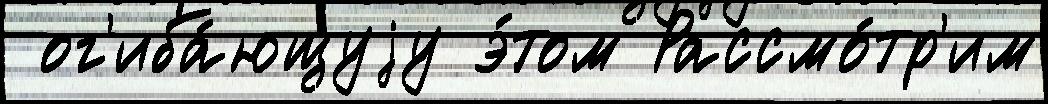
 ог'иба́ющуjу э́том Рассмо́тр'им